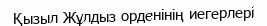
Қызыл Жұлдыз орденінің иегерлері